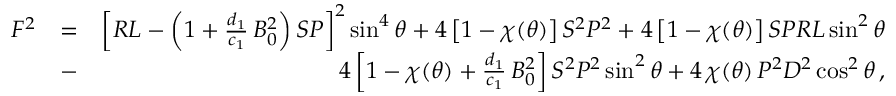
\begin{array} { r l r } { F ^ { 2 } } & { = } & { \left[ { \cal R } { \cal L } - \left( 1 + \frac { d _ { 1 } } { c _ { 1 } } \, B _ { 0 } ^ { 2 } \right) { \cal S } { \cal P } \right] ^ { 2 } \sin ^ { 4 } \theta + 4 \left[ 1 - \chi ( \theta ) \right] { \cal S } ^ { 2 } { \cal P } ^ { 2 } + 4 \left[ 1 - \chi ( \theta ) \right] { \cal S } { \cal P } { \cal R } { \cal L } \sin ^ { 2 } \theta } \\ & { - } & { 4 \left[ 1 - \chi ( \theta ) + \frac { d _ { 1 } } { c _ { 1 } } \, B _ { 0 } ^ { 2 } \right] { \cal S } ^ { 2 } { \cal P } ^ { 2 } \sin ^ { 2 } \theta + 4 \, \chi ( \theta ) \, { \cal P } ^ { 2 } { \cal D } ^ { 2 } \cos ^ { 2 } \theta \, , } \end{array}